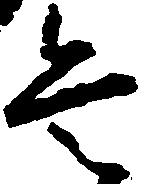
是